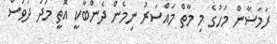
ރަމަޟާން މަހުގެ މި މާތް މައްސަރު ނިމެން ދެންބާކީ އޮތީ މަދު ދުވަސް